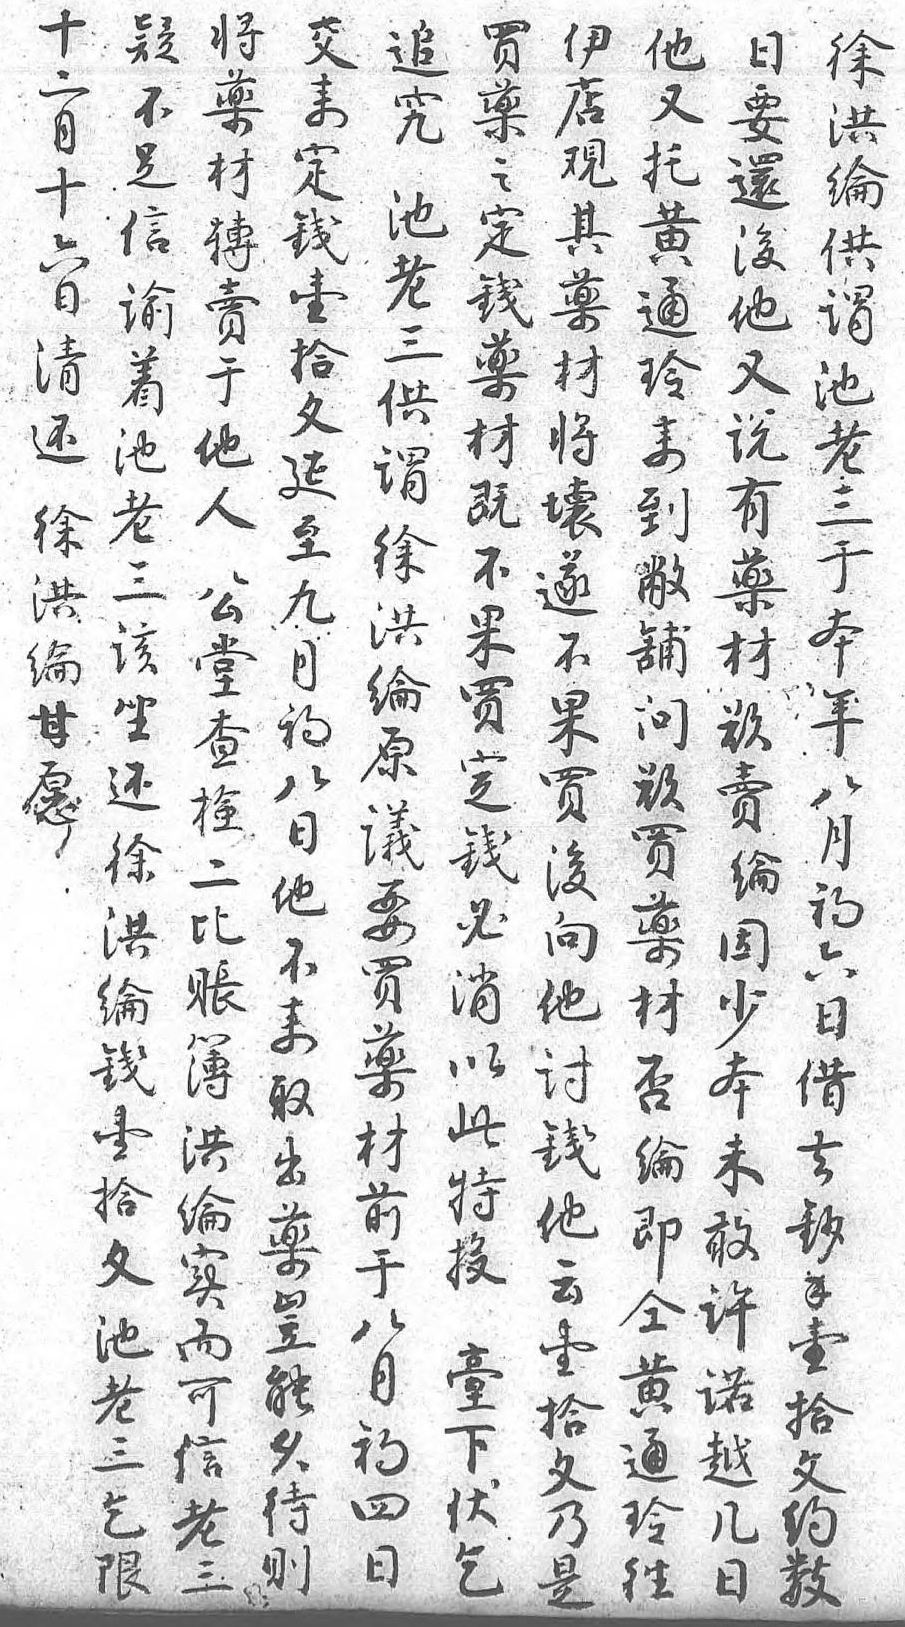
十疑交追買將伊他日徐二不來究藥藥店又要洪月足定 之材觀托還綸十信錢池定轉其黄後供六諭壹老錢賣藥通他謂日着拾三藥於材玲又池清池文供材他將來說老還老延謂既人壞到有三徐三至徐不公遂敝藥於洪該九洪果堂不鋪材本綸坐月綸買查果問於年甘還初原定檢買欲賣八願徐八議錢二後買綸月 洪日要必比向藥因初 綸他買消賬他材少六 錢不藥以簿討否本日 壹來材此洪錢綸未借 拾取前特綸他即敢去 文出於投實云仝許鈔 池藥八 而壹黄諾錢 老豈月臺可拾通越壹 三能初下信文玲幾拾 乞久四伏老乃往日文 限待日乞三是  約  則      數